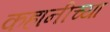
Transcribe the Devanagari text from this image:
कहानीच्या